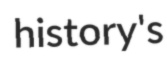
history's